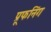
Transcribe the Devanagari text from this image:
प्रूफनिंग